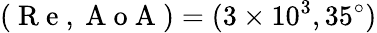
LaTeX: (\mathrm{~R~e~},\mathrm{~A~o~A~})=(3\times 10^{3},35^{\circ})